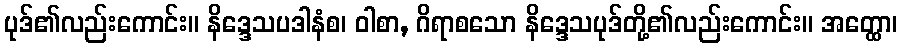
ပုဒ်၏လည်းကောင်း။ နိဒ္ဒေသပဒါနံစ၊ ဝါစာ, ဂိရာစသော နိဒ္ဒေသပုဒ်တို့၏လည်းကောင်း။ အတ္ထော၊